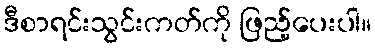
ဒီစာရင်းသွင်းကတ်ကို ဖြည့်ပေးပါ။